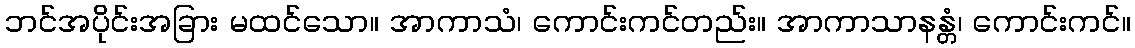
ဘင်အပိုင်းအခြား မထင်သော။ အာကာသံ၊ ကောင်းကင်တည်း။ အာကာသာနန္တံ၊ ကောင်းကင်။